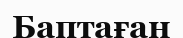
Баптаған